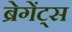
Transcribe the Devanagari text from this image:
ब्रेगेंट्स